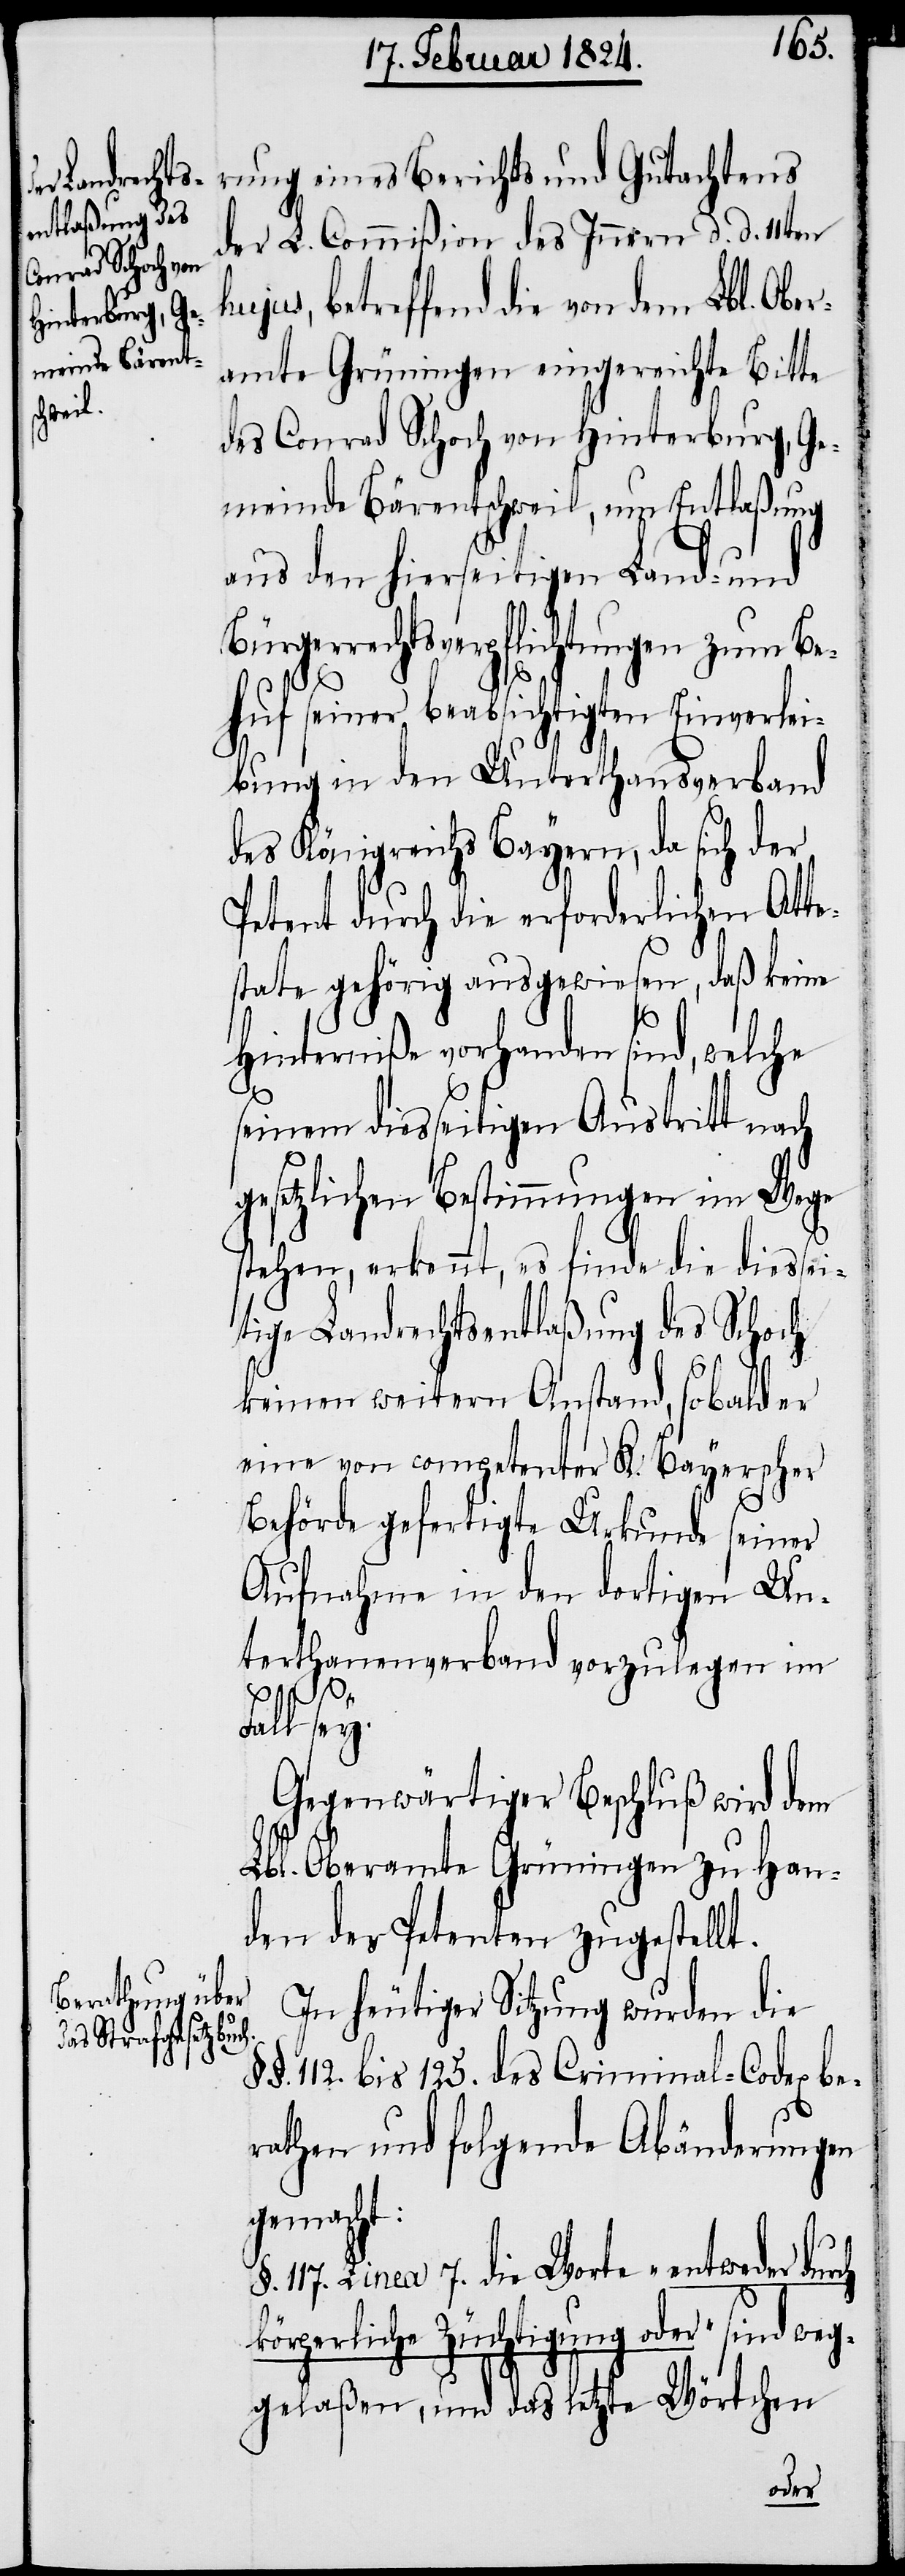
rung eines Berichts und Gutachtens
der L. Commißion des Innern d. d. 11ten
hujus, betreffend die von dem Lbl. Obe¬
ramte Grüningen eingereichte Bitte
des Conrad Schoch von Hinterburg, Ge¬
meinde Bärentschweil, um Entlaßung
aus den hierseitigen Land- und
gerrechtsverpflichtungen zum Be¬
huf seiner beabsichtigten Einverlei¬
bung in den Unterthanenverband
des Königreichs Bayern, da sich der
Petent gehörig ausgewiesen, daß keine
Hinterniße vorhanden sind, welche
seinem diesseitigen Austritt nach
gesetzlichen Bestimmungen im Wege
stehen, erkennt, es finde die diessei¬
tige Landrechtsentlaßung des Schoch
keinen weitern Anstand, sobald er
eine von competenter K. Bayerischer
Behörde gefertigte Urkunde seiner
Aufnahme in den dortigen Un¬
terthanenverband vorzulegen im
sind weg¬
Gegenwärtiger Beschluß wird dem
Lbl. Oberamte Grüningen zu Han¬
den der Petenten zugestellt.
In heutiger Sitzung wurden die
112. bis 125. des Criminal-Codex be¬
rathen und folgende Abänderungen
gemacht:
§. 117. Linea 7. die Worte „entweder durch
gelaßen, und das letzte Wörtchen
oder“